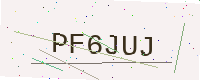
Text: PF6JUJ